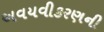
અવયવીકરણની